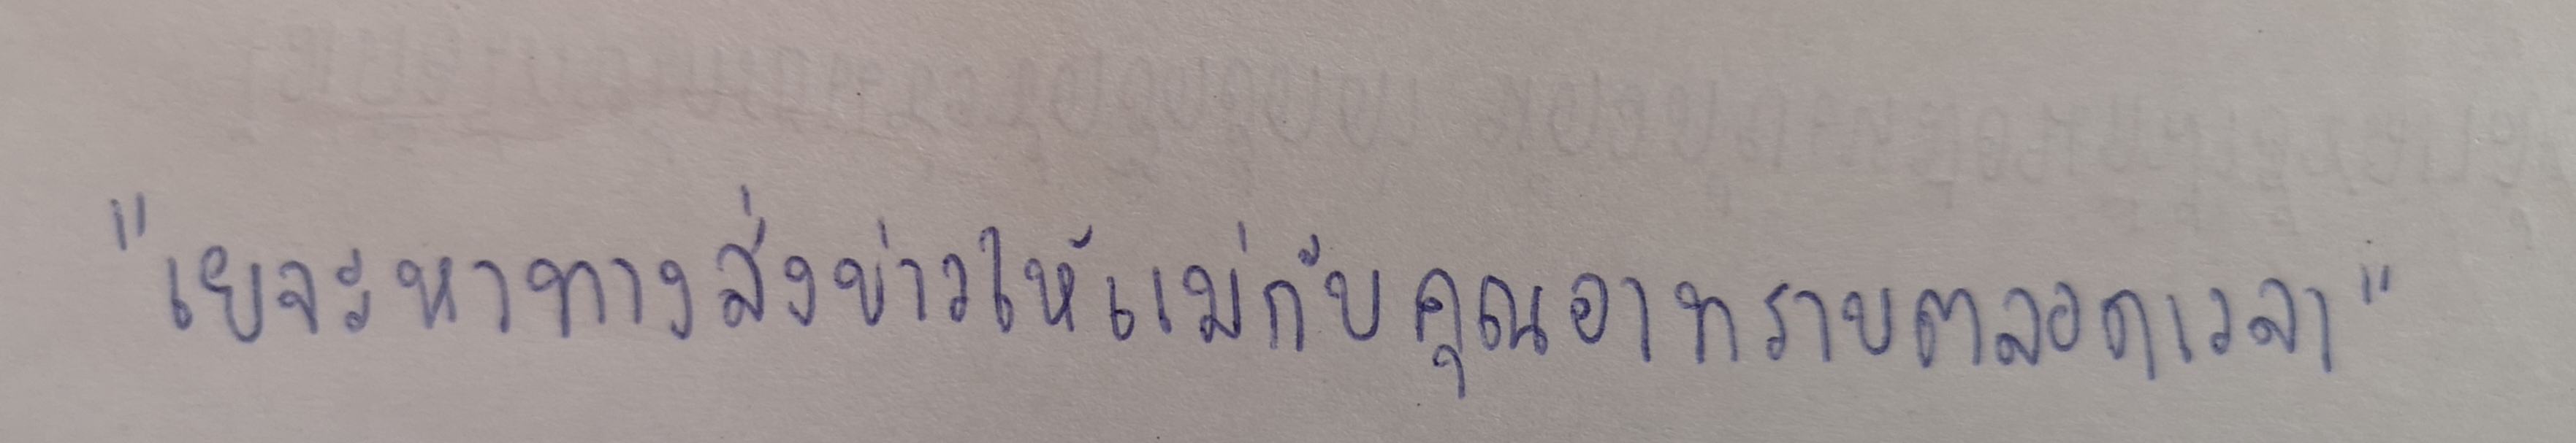
"เยจะหาทางส่งข่าวให้แม่กับคุณอาทราบตลอดเวลา"